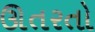
ઊતરતો